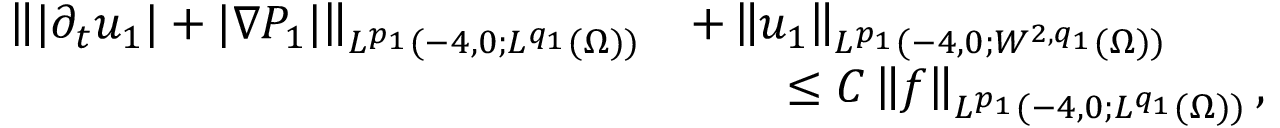
\begin{array} { r l } { \left\lVert | \partial _ { t } u _ { 1 } | + | \nabla P _ { 1 } | \right\rVert _ { L ^ { p _ { 1 } } ( - 4 , 0 ; L ^ { q _ { 1 } } ( \Omega ) ) } } & { + \left\lVert u _ { 1 } \right\rVert _ { L ^ { p _ { 1 } } ( - 4 , 0 ; W ^ { 2 , q _ { 1 } } ( \Omega ) ) } } \\ & { \qquad \le C \left\lVert f \right\rVert _ { L ^ { p _ { 1 } } ( - 4 , 0 ; L ^ { q _ { 1 } } ( \Omega ) ) } , } \end{array}